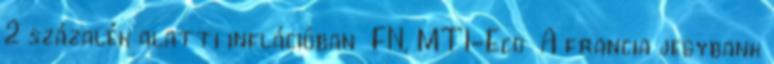
2 százalék alatti inflációban FN, MTI-Eco A francia jegybank